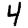
Digit: 4